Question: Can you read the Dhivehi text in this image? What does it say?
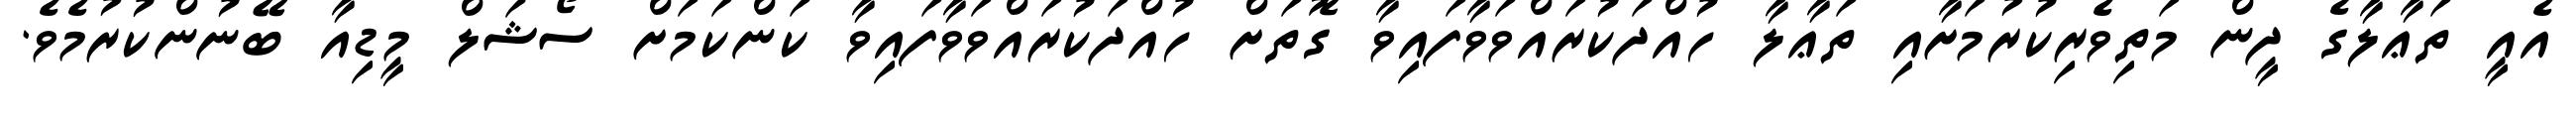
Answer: އެއީ ތަޢާލާގެ ދީން މަތިވެރިކުރުމަށާއި ތަޢާލާ ހުއްދަކުރައްވަވާފައިވާ ގޮތަށް ހުއްދަކުރައްވަވާފައިވާ ކަންކަމަށް ސޯޝަލް މީޑިއާ ބޭނުންކުރުމެވެ.